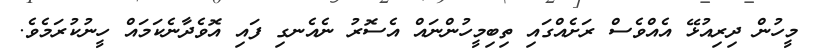
މީހުން ދިރިއުޅޭ އެއްވެސް ރަށެއްގައި ތިބިމީހުންނައް އެސޮރު ނެއެނގި ފައި އޮވެދާނެކަމައް ހީނުކުރަމެވެ.